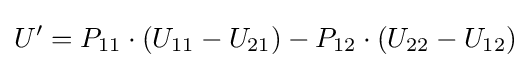
U'=P_{11}\cdot (U_{11}-U_{21})-P_{12}\cdot (U_{22}-U_{12})